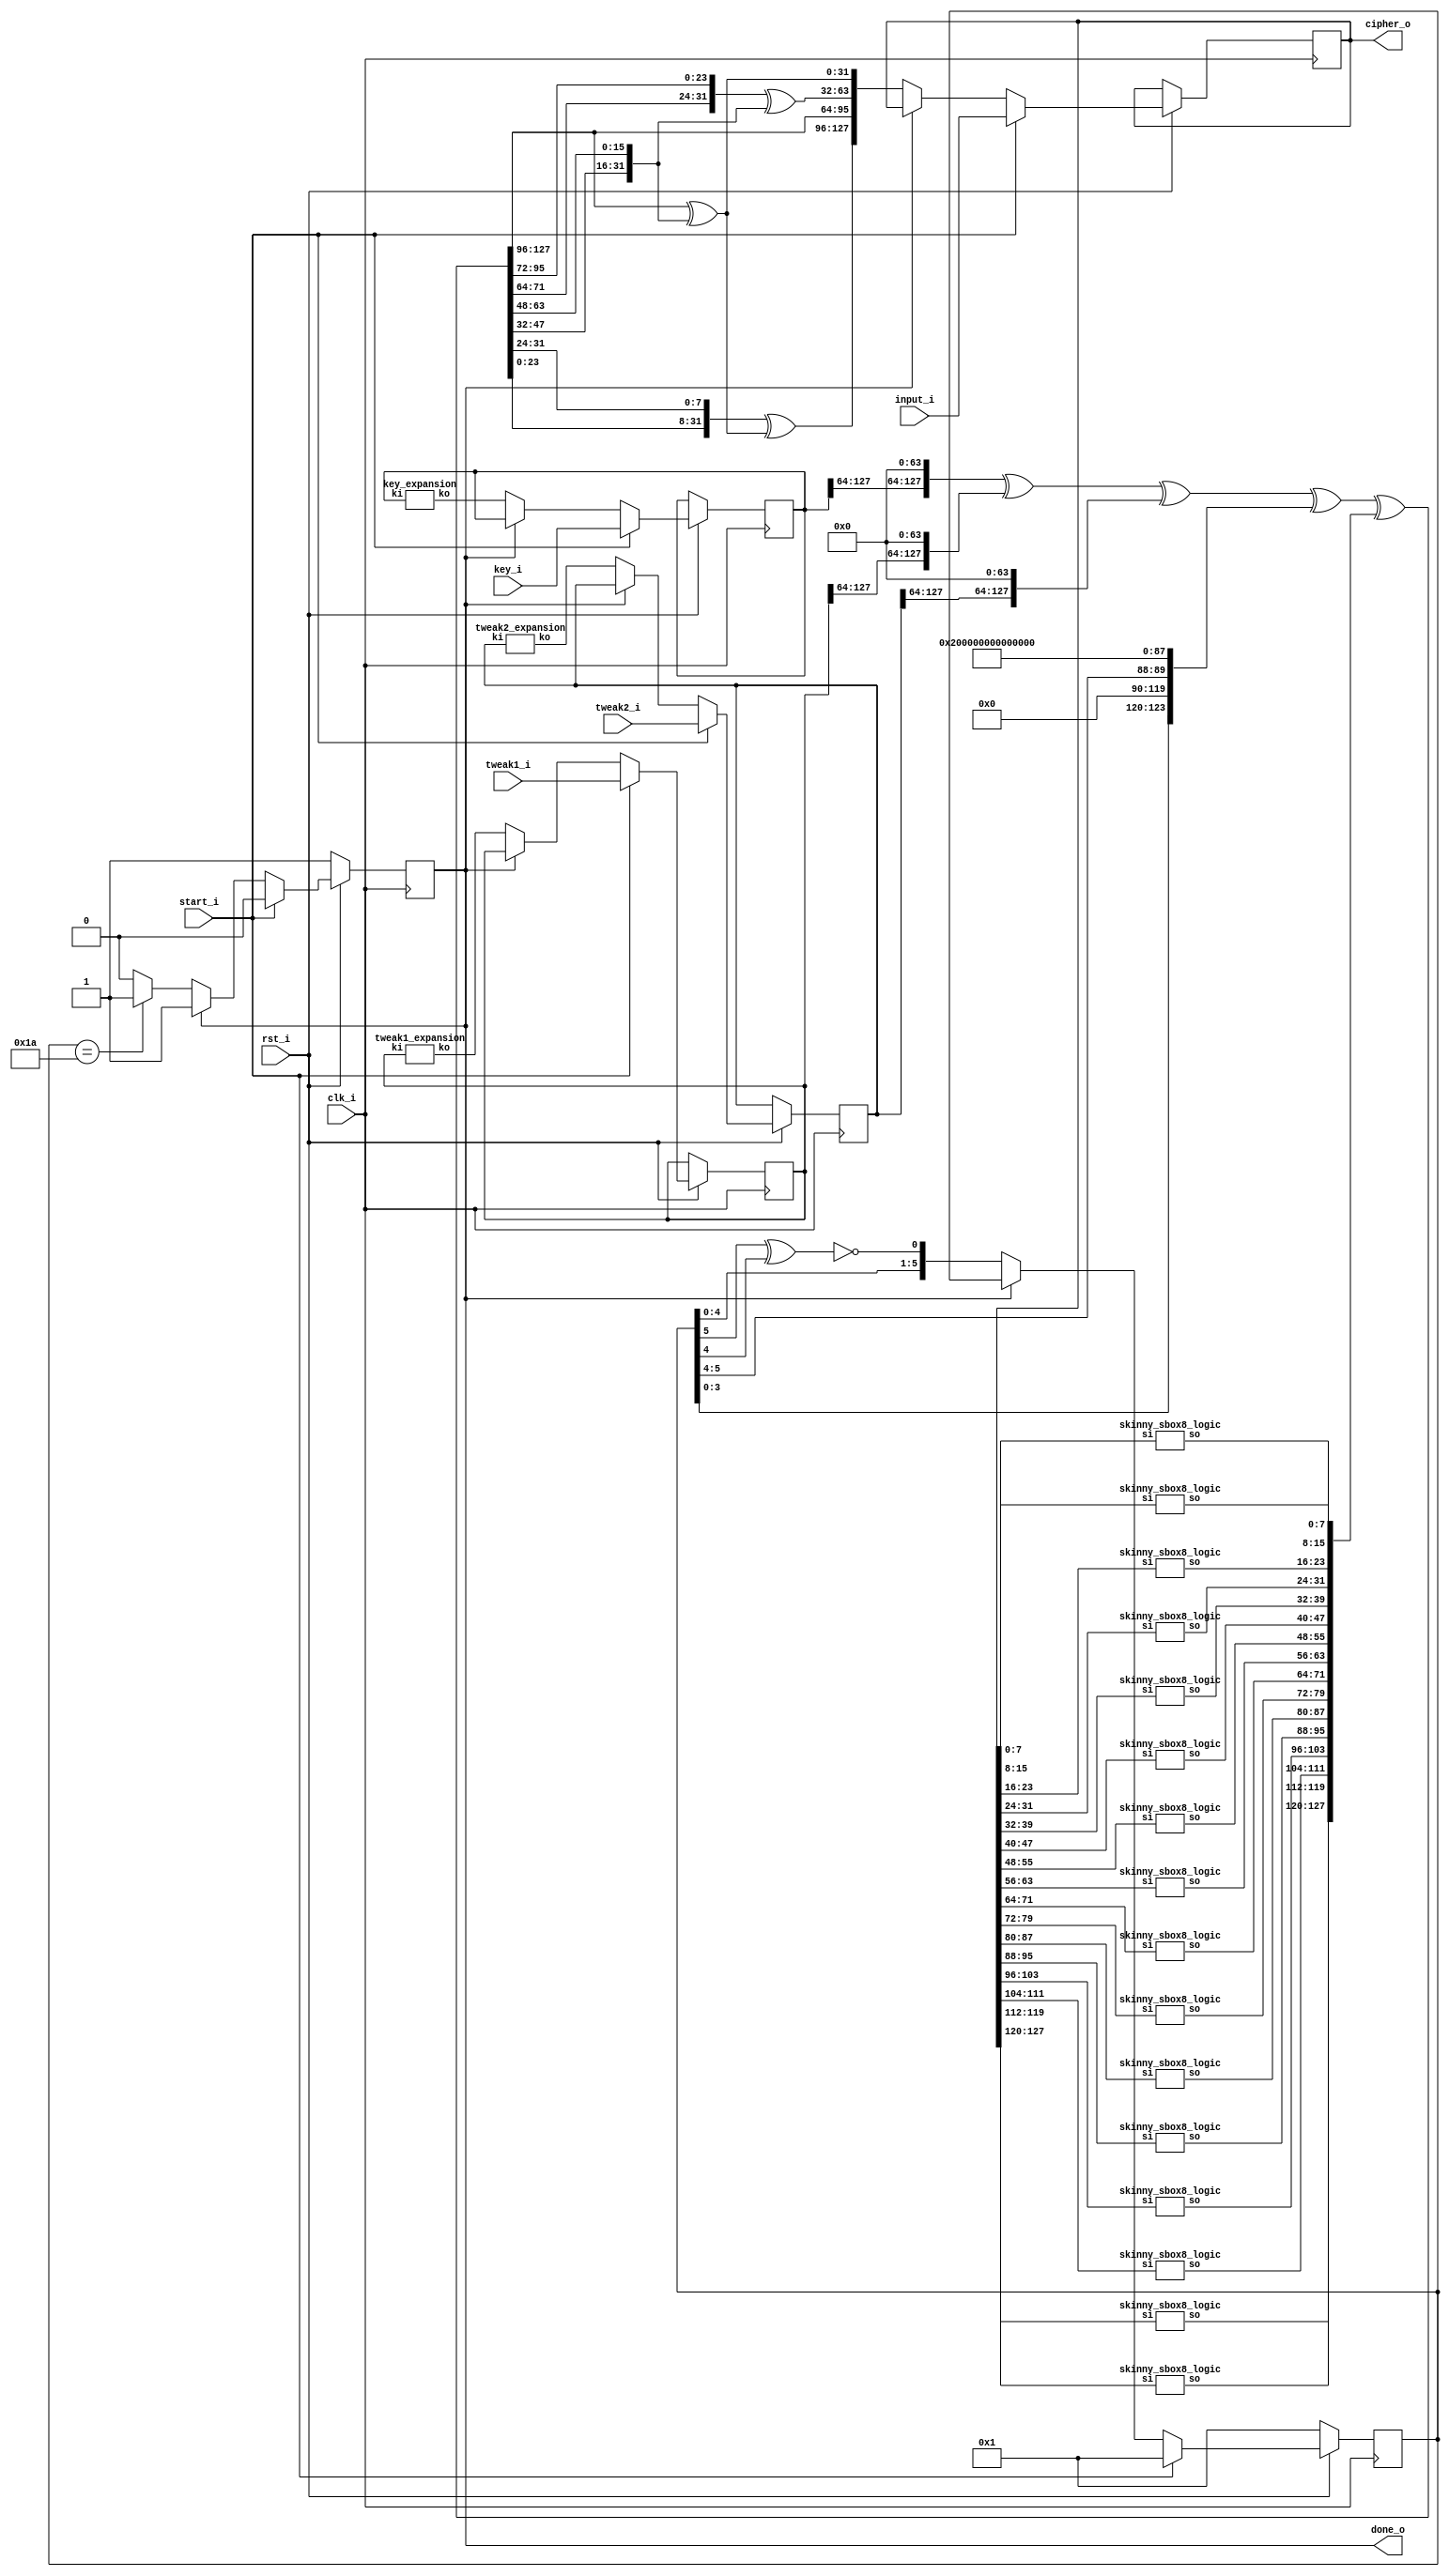
module skinny_top (/*AUTOARG*/
   // Outputs
   cipher_o, done_o,
   // Inputs
   input_i, key_i, tweak1_i, tweak2_i, clk_i, rst_i, start_i
   ) ;
   output [127:0] cipher_o;
   output reg 	  done_o;
   
   input [127:0]  input_i, key_i, tweak1_i, tweak2_i;
   input 	  clk_i, rst_i, start_i;

   reg [127:0] 	  state;
   reg [127:0] 	  key;
	wire [127:0]     next_key;
   reg [127:0] 	  tweak1;
	wire [127:0]     next_tweak1;
   reg [127:0] 	  tweak2;
	wire [127:0]     next_tweak2;
   reg [5:0] 	  constant;

   wire [127:0]   sb, atk, shr, mxc, rkey; 

	assign cipher_o = state;
   
   always @ (posedge clk_i) begin
      if (!rst_i) begin
	 done_o <= 1;
	 constant <= 6'h01;
      end
      else if (start_i) begin
	 constant <= 6'h01;
	 state <= input_i;
	 key <= key_i;
	 tweak1 <= tweak1_i;
	 tweak2 <= tweak2_i;	 
	 done_o <= 0;	 
      end
      else if (done_o == 0) begin
	 constant <= {constant[4:0],constant[5]^constant[4]^1'b1};
	 state <= mxc;
	 key <= next_key;
	 tweak1 <= next_tweak1;
	 tweak2 <= next_tweak2;
	 if (constant == 6'h1a) begin
	    done_o <= 1;	    
	 end
      end
   end // always @ (posedge clk)

   // Tweakey Schedule
   key_expansion tk3 (.ko(next_key), .ki(key));
   tweak2_expansion tk2 (.ko(next_tweak2), .ki(tweak2));
   tweak1_expansion tk1 (.ko(next_tweak1), .ki(tweak1));

   // Round Tweakey
   assign rkey = {key[127:64],64'h0} ^ {tweak1[127:64],64'h0} ^ {tweak2[127:64],64'h0}^
		 {4'h0,constant[3:0],24'h0,6'h0,constant[5:4],24'h0,8'h02,56'h0};

   // SBox layer
   skinny_sbox8_logic sbox00 (.so(sb[  7:  0]), .si(state[  7:  0]));
   skinny_sbox8_logic sbox01 (.so(sb[ 15:  8]), .si(state[ 15:  8]));
   skinny_sbox8_logic sbox02 (.so(sb[ 23: 16]), .si(state[ 23: 16]));
   skinny_sbox8_logic sbox03 (.so(sb[ 31: 24]), .si(state[ 31: 24]));
   skinny_sbox8_logic sbox04 (.so(sb[ 39: 32]), .si(state[ 39: 32]));
   skinny_sbox8_logic sbox05 (.so(sb[ 47: 40]), .si(state[ 47: 40]));
   skinny_sbox8_logic sbox06 (.so(sb[ 55: 48]), .si(state[ 55: 48]));
   skinny_sbox8_logic sbox07 (.so(sb[ 63: 56]), .si(state[ 63: 56]));
   skinny_sbox8_logic sbox08 (.so(sb[ 71: 64]), .si(state[ 71: 64]));
   skinny_sbox8_logic sbox09 (.so(sb[ 79: 72]), .si(state[ 79: 72]));
   skinny_sbox8_logic sbox10 (.so(sb[ 87: 80]), .si(state[ 87: 80]));
   skinny_sbox8_logic sbox11 (.so(sb[ 95: 88]), .si(state[ 95: 88]));
   skinny_sbox8_logic sbox12 (.so(sb[103: 96]), .si(state[103: 96]));
   skinny_sbox8_logic sbox13 (.so(sb[111:104]), .si(state[111:104]));
   skinny_sbox8_logic sbox14 (.so(sb[119:112]), .si(state[119:112]));
   skinny_sbox8_logic sbox15 (.so(sb[127:120]), .si(state[127:120]));

   // Add Tweakey
   assign atk = rkey ^ sb;

   // ShiftRows
   assign shr[127:96] =  atk[127:96];
   assign shr[ 95:64] = {atk[ 71:64],atk[95:72]};
   assign shr[ 63:32] = {atk[ 47:32],atk[63:48]};
   assign shr[ 31: 0] = {atk[ 23: 0],atk[31:24]};

   // MixColumn
   assign mxc[ 95:64] = shr[127:96];
   assign mxc[ 63:32] = shr[ 95:64] ^ shr[63:32];
   assign mxc[ 31: 0] = shr[127:96] ^ shr[63:32];
   assign mxc[127:96] = shr[ 31: 0] ^ mxc[31: 0]; 
   
endmodule // skinny_top

module key_expansion (/*AUTOARG*/
   // Outputs
   ko,
   // Inputs
   ki
   ) ;
   output [127:0] ko;
   input  [127:0] ki;

   wire [127:0]   kp;

   assign kp[127:120] = ki[ 55: 48];
   assign kp[119:112] = ki[  7:  0];
   assign kp[111:104] = ki[ 63: 56];
   assign kp[103: 96] = ki[ 23: 16];
   assign kp[ 95: 88] = ki[ 47: 40];
   assign kp[ 87: 80] = ki[ 15:  8];
   assign kp[ 79: 72] = ki[ 31: 24];
   assign kp[ 71: 64] = ki[ 39: 32];
   assign kp[ 63: 56] = ki[127:120];
   assign kp[ 55: 48] = ki[119:112];
   assign kp[ 47: 40] = ki[111:104];
   assign kp[ 39: 32] = ki[103: 96];
   assign kp[ 31: 24] = ki[ 95: 88];
   assign kp[ 23: 16] = ki[ 87: 80];
   assign kp[ 15:  8] = ki[ 79: 72];
   assign kp[  7:  0] = ki[ 71: 64];

   assign ko[127:120] = {kp[120]^kp[126],kp[127:121]};
   assign ko[119:112] = {kp[112]^kp[118],kp[119:113]};
   assign ko[111:104] = {kp[104]^kp[110],kp[111:105]};
   assign ko[103: 96] = {kp[ 96]^kp[102],kp[103: 97]};
   assign ko[ 95: 88] = {kp[ 88]^kp[ 94],kp[ 95: 89]};
   assign ko[ 87: 80] = {kp[ 80]^kp[ 86],kp[ 87: 81]};
   assign ko[ 79: 72] = {kp[ 72]^kp[ 78],kp[ 79: 73]};
   assign ko[ 71: 64] = {kp[ 64]^kp[ 70],kp[ 71: 65]};

   assign ko[ 63:  0] = kp[ 63:  0];
   
endmodule // key_expansion

module tweak2_expansion (/*AUTOARG*/
   // Outputs
   ko,
   // Inputs
   ki
   ) ;
   output [127:0] ko;
   input  [127:0] ki;

   wire [127:0]   kp;

   assign kp[127:120] = ki[ 55: 48];
   assign kp[119:112] = ki[  7:  0];
   assign kp[111:104] = ki[ 63: 56];
   assign kp[103: 96] = ki[ 23: 16];
   assign kp[ 95: 88] = ki[ 47: 40];
   assign kp[ 87: 80] = ki[ 15:  8];
   assign kp[ 79: 72] = ki[ 31: 24];
   assign kp[ 71: 64] = ki[ 39: 32];
   assign kp[ 63: 56] = ki[127:120];
   assign kp[ 55: 48] = ki[119:112];
   assign kp[ 47: 40] = ki[111:104];
   assign kp[ 39: 32] = ki[103: 96];
   assign kp[ 31: 24] = ki[ 95: 88];
   assign kp[ 23: 16] = ki[ 87: 80];
   assign kp[ 15:  8] = ki[ 79: 72];
   assign kp[  7:  0] = ki[ 71: 64];

   assign ko[127:120] = {kp[126:120],kp[127]^kp[125]};   
   assign ko[119:112] = {kp[118:112],kp[119]^kp[117]};   
   assign ko[111:104] = {kp[110:104],kp[111]^kp[109]};   
   assign ko[103: 96] = {kp[102: 96],kp[103]^kp[101]};   
   assign ko[ 95: 88] = {kp[ 94: 88],kp[ 95]^kp[ 93]};   
   assign ko[ 87: 80] = {kp[ 86: 80],kp[ 87]^kp[ 85]};   
   assign ko[ 79: 72] = {kp[ 78: 72],kp[ 79]^kp[ 77]};   
   assign ko[ 71: 64] = {kp[ 70: 64],kp[ 71]^kp[ 69]};   

   assign ko[ 63:  0] = kp[ 63:  0];
   
endmodule // tweak2_expansion

module tweak1_expansion (/*AUTOARG*/
   // Outputs
   ko,
   // Inputs
   ki
   ) ;
   output [127:0] ko;
   input  [127:0] ki;

   wire [127:0]   kp;

   assign kp[127:120] = ki[ 55: 48];
   assign kp[119:112] = ki[  7:  0];
   assign kp[111:104] = ki[ 63: 56];
   assign kp[103: 96] = ki[ 23: 16];
   assign kp[ 95: 88] = ki[ 47: 40];
   assign kp[ 87: 80] = ki[ 15:  8];
   assign kp[ 79: 72] = ki[ 31: 24];
   assign kp[ 71: 64] = ki[ 39: 32];
   assign kp[ 63: 56] = ki[127:120];
   assign kp[ 55: 48] = ki[119:112];
   assign kp[ 47: 40] = ki[111:104];
   assign kp[ 39: 32] = ki[103: 96];
   assign kp[ 31: 24] = ki[ 95: 88];
   assign kp[ 23: 16] = ki[ 87: 80];
   assign kp[ 15:  8] = ki[ 79: 72];
   assign kp[  7:  0] = ki[ 71: 64];

   assign ko = kp;
   
endmodule // tweak1_expansion
module skinny_sbox8_logic (
                     // Outputs
                     so,
                     // Inputs
                     si
                     ) ;
   output [7:0] so;
   input [7:0]  si;

   wire [7:0]   a;

   skinny_sbox8_cfn b764 (a[0],si[7],si[6],si[4]);
   skinny_sbox8_cfn b320 (a[1],si[3],si[2],si[0]);
   skinny_sbox8_cfn b216 (a[2],si[2],si[1],si[6]);
   skinny_sbox8_cfn b015 (a[3], a[0], a[1],si[5]);
   skinny_sbox8_cfn b131 (a[4], a[1],si[3],si[1]);
   skinny_sbox8_cfn b237 (a[5], a[2], a[3],si[7]);
   skinny_sbox8_cfn b303 (a[6], a[3], a[0],si[3]);
   skinny_sbox8_cfn b452 (a[7], a[4], a[5],si[2]);

   assign so[6] = a[0];
   assign so[5] = a[1];
   assign so[2] = a[2];
   assign so[7] = a[3];
   assign so[3] = a[4];
   assign so[1] = a[5];
   assign so[4] = a[6];
   assign so[0] = a[7];
   
endmodule // skinny_sbox8

// The core repeated function (x nor y) xor z
module skinny_sbox8_cfn (
                         // Outputs
                         f,
                         // Inputs
                         x, y, z
                         ) ;
   output f;
   input  x, y, z;

   assign f = ((~x) & (~y)) ^ z;
   
endmodule // skinny_sbox8_cfn